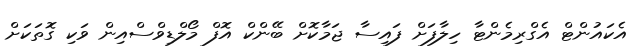
އެކަައުންޓް އެގްރިމެންޓާ ހިލާފަށް ފައިސާ ޖަމާކޮށް ބޭންކް އޮފް މޯލްޑިވްސްއިން ވަކި ގޮތަކަށް